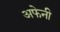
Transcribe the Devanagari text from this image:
अफेनी